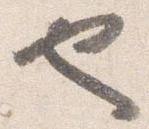
也